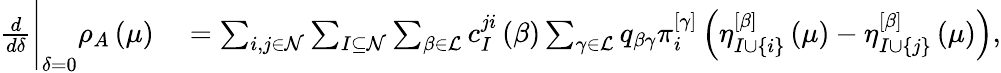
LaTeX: \begin{array}{rl}{\frac{d}{d\delta}\Bigg\vert_{\delta=0}\rho_{A}\left(\mu\right)}&{{}=\sum_{i,j\in\mathcal{N}}\sum_{I\subseteq\mathcal{N}}\sum_{\beta\in\mathcal{L}}c_{I}^{ji}\left(\beta\right)\sum_{\gamma\in\mathcal{L}}q_{\beta\gamma}\pi_{i}^{\left[\gamma\right]}\left(\eta_{I\cup\left\{ i\right\} }^{\left[\beta\right]}\left(\mu\right)-\eta_{I\cup\left\{ j\right\} }^{\left[\beta\right]}\left(\mu\right)\right),}\end{array}